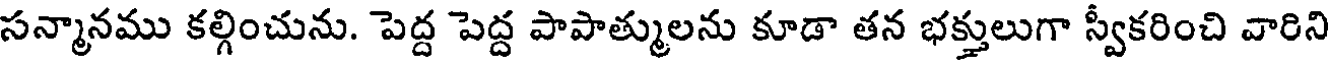
సన్మానము కల్గించును. పెద్ద పెద్ద పాపాత్ములను కూడా తన భక్తులుగా స్వీకరించి వారిని